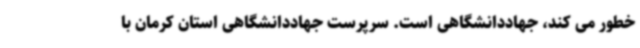
خطور می کند، جهاددانشگاهی است. سرپرست جهاددانشگاهی استان کرمان با